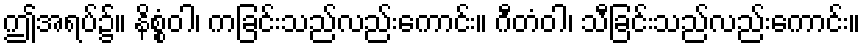
ဤအရပ်၌။ နိစ္စံဝါ၊ ကခြင်းသည်လည်းကောင်း။ ဂီတံဝါ၊ သီခြင်းသည်လည်းကောင်း။